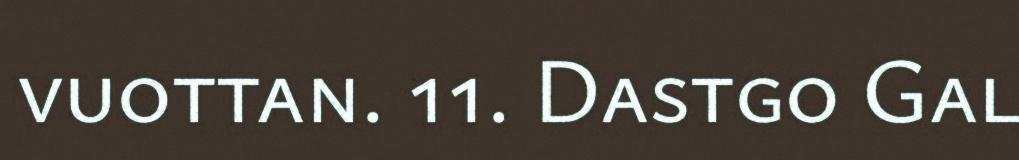
vuottan. 11. Dastgo Gal